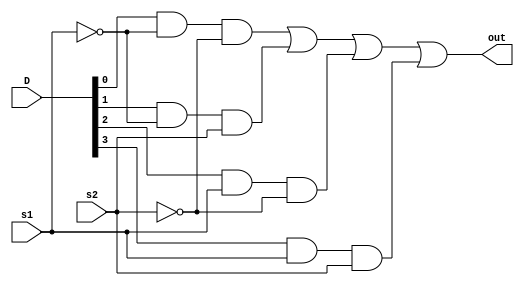
`timescale 1ns / 1ps
//////////////////////////////////////////////////////////////////////////////////
// Company: 
// Engineer: 
// 
// Design Name: 
// Module Name: MUX_4_Bit
// Project Name: 
// Target Devices: 
// Tool Versions: 
// Description: 
// 
// Dependencies: 
// 
// Revision:
// Revision 0.01 - File Created
// Additional Comments:
// 
//////////////////////////////////////////////////////////////////////////////////


// Malak Majeed ullah khan
module Mux_4_1(out, s1, s2, D);

//defining ports
input [3:0] D; //4 input data
input s1,s2; // two selector switches 
output out;   // output 

//defining wires
wire w1,w2,w3,w4,w5,w6;

//gate level logic for mux 
not not1(w1, s1);  // no gate 
not not2(w2, s2);
and and1(w3, D[0], w1, w2);  // and gate logic
and and2(w4, D[1], w1, s2);
and and3(w5, D[2], s1, w2);
and and4(w6, D[3], s1, s2);

or or1(out, w3, w4, w5, w6); // output from the wires is given to out

endmodule // end of the module